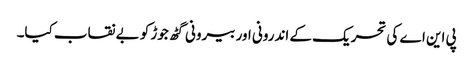
پی این اے کی تحریک کے اندرونی اور بیرونی گٹھ جوڑ کو بے نقاب کیا۔